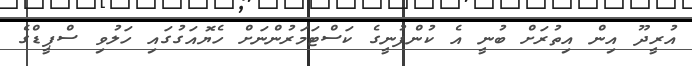
އުރީދޫ އިން އިތުރަށް ބުނީ އެ ކުންފުނީގެ ކަސްޓަމަރުންނަށް ހެޔޮއަގުގައި ހަލުވި ސްޕީޑްގެ